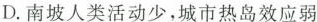
D.南坡人类活动少，城市热岛效应弱